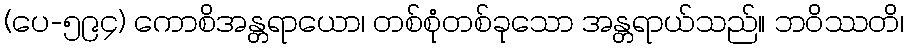
(ပေ-၅၉၄) ကောစိအန္တရာယော၊ တစ်စုံတစ်ခုသော အန္တရာယ်သည်။ ဘဝိဿတိ၊